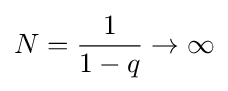
N={\frac {1}{1-q}}\to \infty